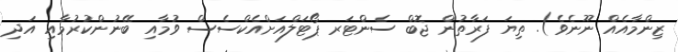
ޒިންމާއެއް ނޫނެވެ). ތިޔަ ފަރާތުން ޖޮބް ސެންޓަރ ޕޯޓަލްއަށްއެކްސެސް ވުމާއި ބޭނުންކުރުމާއި އަދި